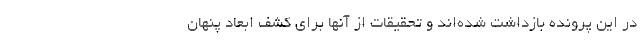
در این پرونده بازداشت شده‌اند و تحقیقات از آنها برای کشف ابعاد پنهان